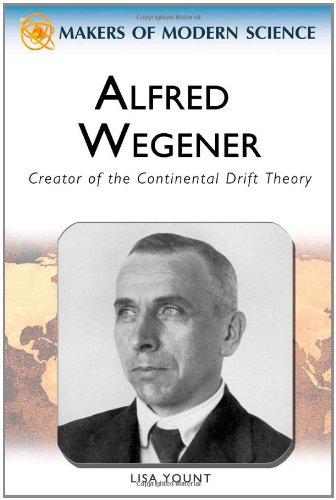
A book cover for Alfred Wegener: Creator of the Continental Drift Theory (Makers of Modern Science); Lisa Yount; Teen & Young Adult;